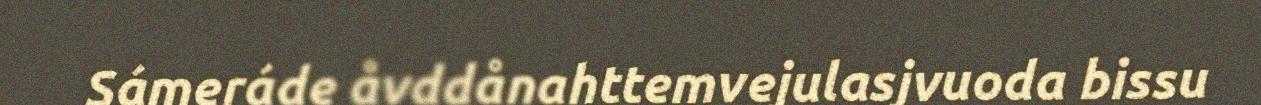
Sámeráde åvddånahttemvejulasjvuoda bissu